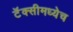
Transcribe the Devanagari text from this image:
टॅक्सीमध्येच